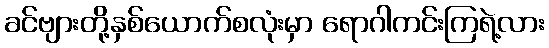
ခင်ဗျားတို့နှစ်ယောက်စလုံးမှာ ရောဂါကင်းကြရဲ့လား